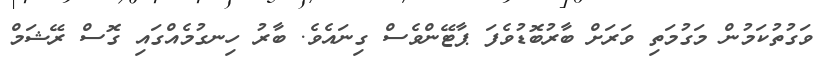
ވަގުތުކަމުން މަގުމަތި ވަރަށް ބާރުބޮޑުވެފަ ޕާޓޭންވެސް ގިނައެވެ. ބާރު ހިނގުމެއްގައި ގޮސް ރޭޝަމް